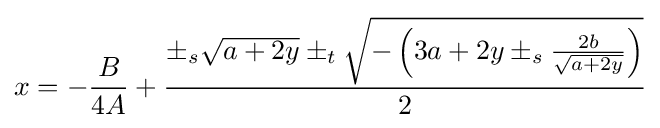
x=-{B \over 4A}+{\pm _{s}{\sqrt {a+2y}}\pm _{t}{\sqrt {-\left(3a+2y\pm _{s}{2b \over {\sqrt {a+2y}}}\right)}} \over 2}